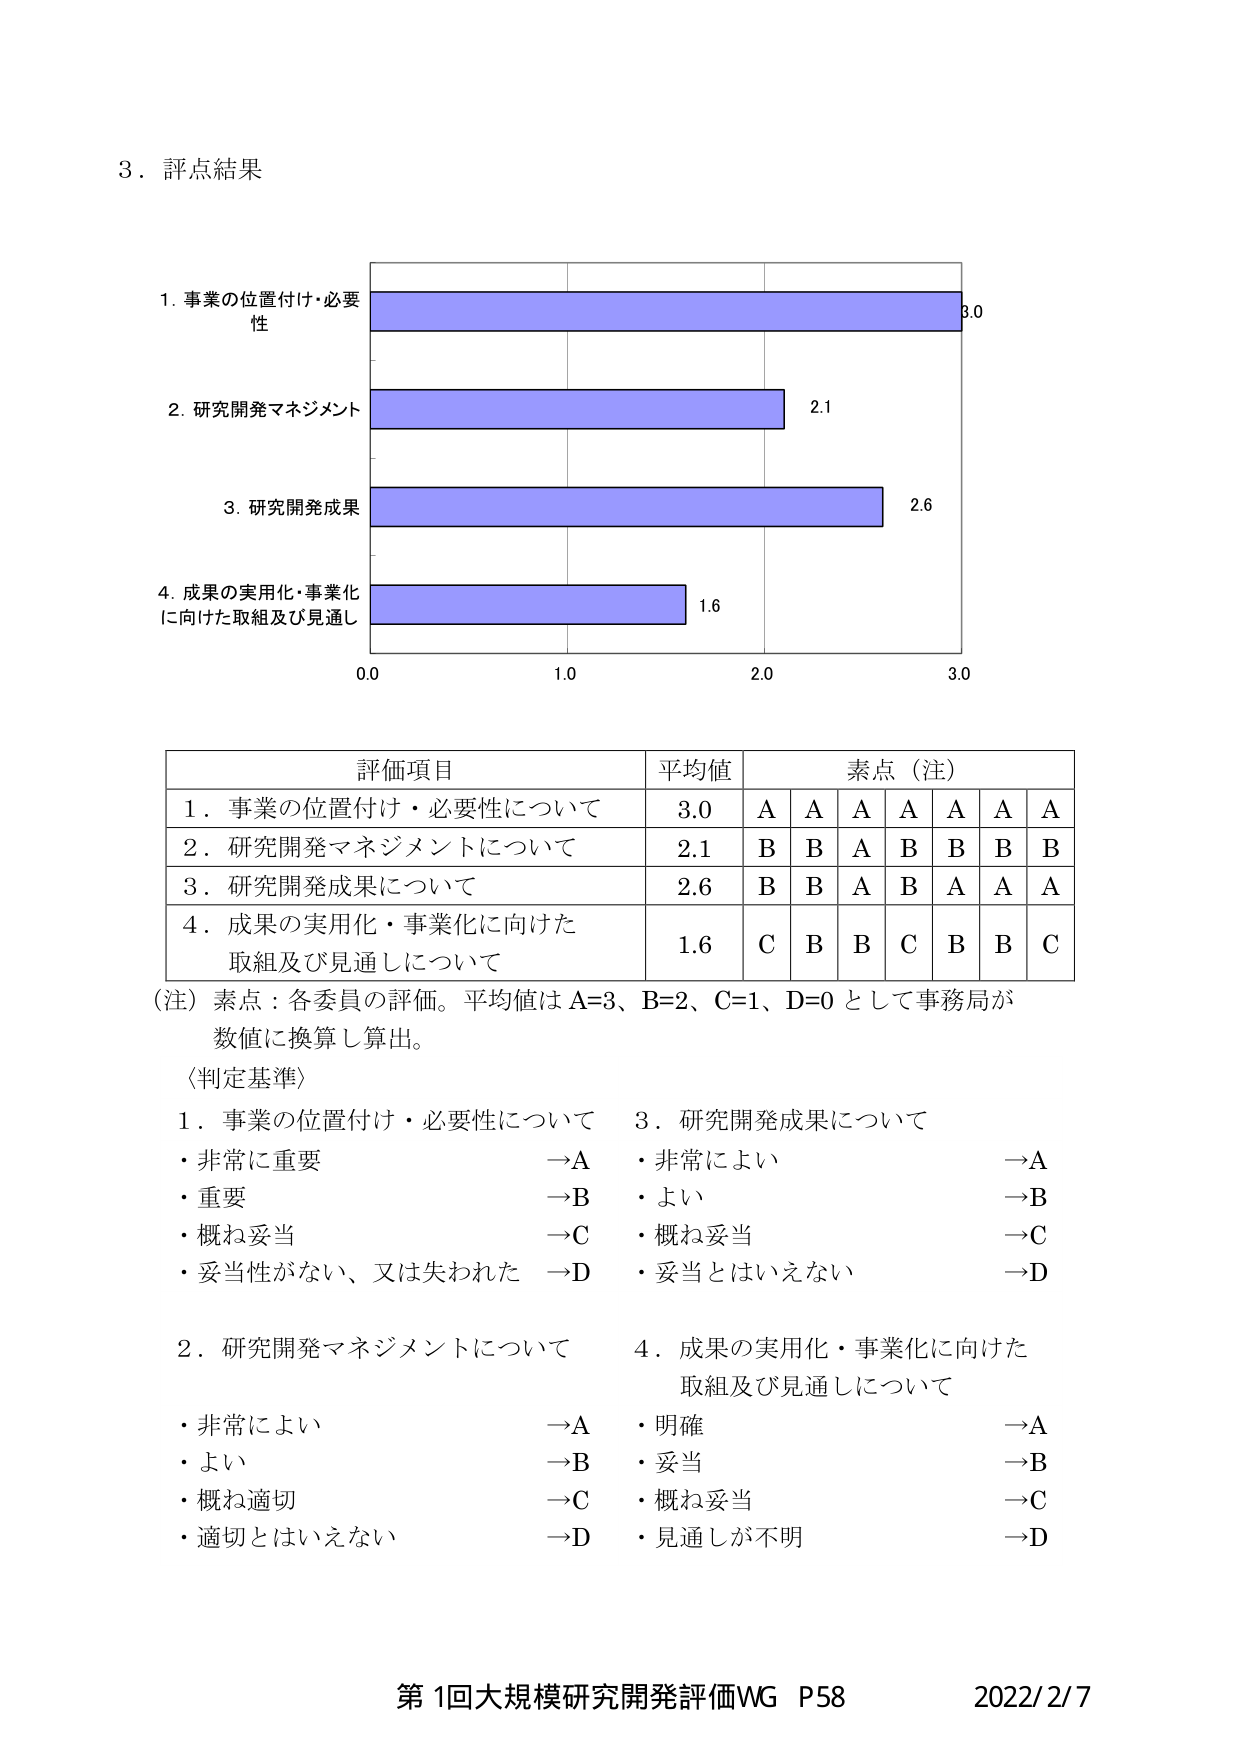
3. 評点結果

1. 事業の位置付け・必要性
2. 研究開発マネジメント
3. 研究開発成果
4. 成果の実用化・事業化に向けた取組及び見通し

0.0     1.0     2.0     3.0

3.0
2.1
2.6
1.6

評価項目       平均値       素点（注）
1. 事業の位置付け・必要性について     3.0     A A A A A A
2. 研究開発マネジメントについて     2.1     B B A B B B B
3. 研究開発成果について     2.6     B B A B A A A
4. 成果の実用化・事業化に向けた取組及び見通しについて     1.6     C B B C B B C

（注）素点：各委員の評価。平均値は A=3、B=2、C=1、D=0 として事務局が数値に換算し算出。

〈判定基準〉
1. 事業の位置付け・必要性について
・非常に重要 →A
・重要 →B
・概ね妥当 →C
・妥当性がない、又は失われた →D

2. 研究開発マネジメントについて
・非常によい →A
・よい →B
・概ね適切 →C
・適切とはいえない →D

3. 研究開発成果について
・非常によい →A
・よい →B
・概ね妥当 →C
・妥当とはいえない →D

4. 成果の実用化・事業化に向けた取組及び見通しについて
・明確 →A
・妥当 →B
・概ね妥当 →C
・見通しが不明 →D

第1回大規模研究開発評価WG P58     2022/2/7